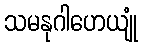
သမနုဂါဟေယျုံ